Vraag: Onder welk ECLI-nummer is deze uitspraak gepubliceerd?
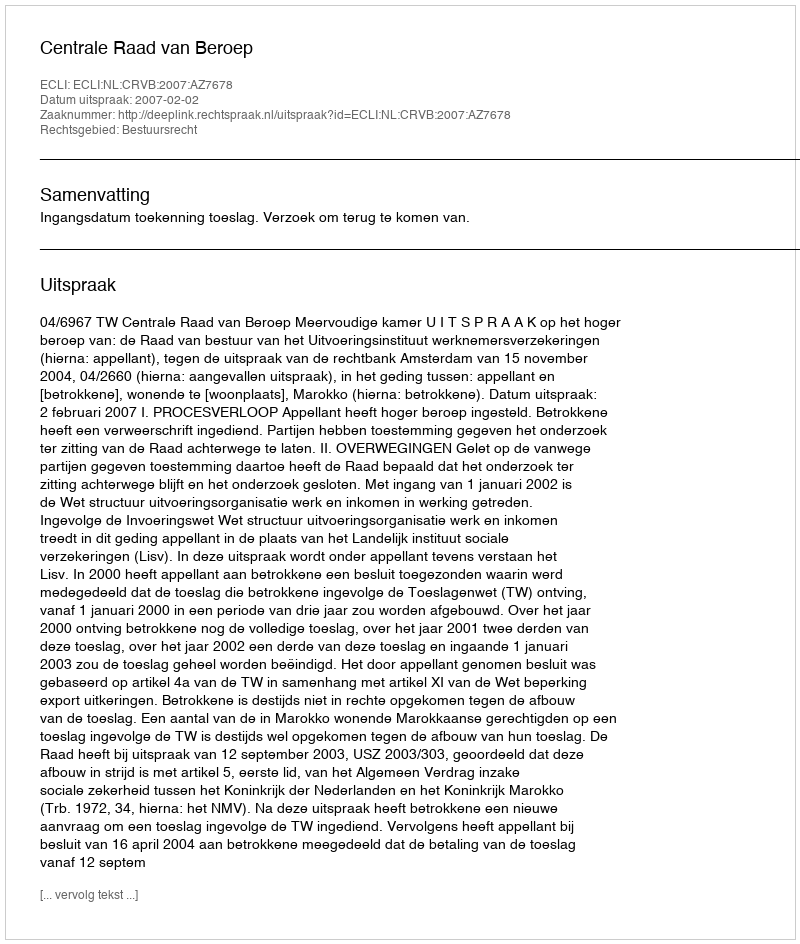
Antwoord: ECLI:NL:CRVB:2007:AZ7678